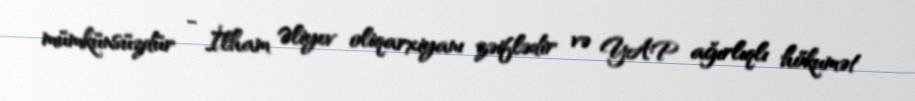
mümkünsüzdür - İlham Əliyev oliqarxiyanı zəiflədir və YAP ağırlıqlı hökumət